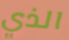
الذي